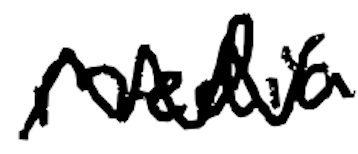
Text: media
Cross-out: zig-zag
Writing tool: digital_black